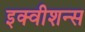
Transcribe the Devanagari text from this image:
इक्‍वीशन्‍स